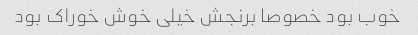
خوب بود خصوصا برنجش خیلی خوش خوراک بود